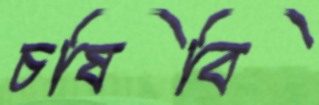
চষিবি